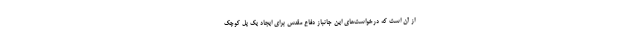
از آن است که درخواست‌های این جانباز دفاع مقدس برای ایجاد یک پل کوچک